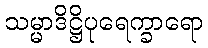
သမ္မာဒိဋ္ဌိပုရေက္ခာရော